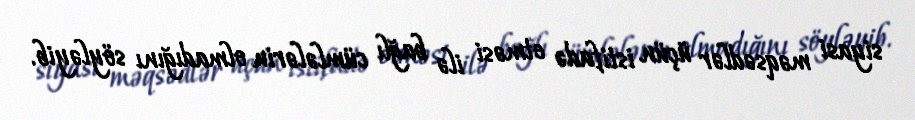
siyasi məqsədlər üçün istifadə etməsi ilə bağlı cümlələrin olmadığını söyləyib.